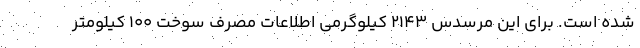
شده است. برای این مرسدس 2143 کیلوگرمی اطلاعات مصرف سوخت 100 کیلومتر